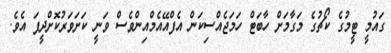
ގައުމީ ޓީމުގެ ކޯޗުގެ މަގާމަށް ހާބަޓް ހަމަޖެއްސިކަން އެފްއޭއެމްއިންވެސް ވަނީ ކަށަވަރުކޮށްދީފަ އެވެ.